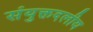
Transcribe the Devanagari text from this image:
संयुक्तदलीय